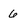
Character: 6